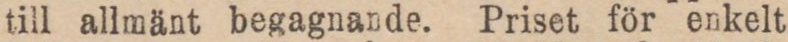
till allmänt begagnande. Priset för enkelt